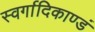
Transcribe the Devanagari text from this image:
स्वर्गादिकाण्डं